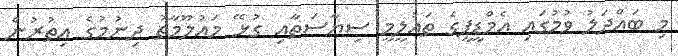
މި ބައްދަލު ވުމުގައި އެމްޑީޕީގެ ތައުލީމީ ސިޔާސަތާއި ގުޅޭ މައުލޫމާތު ދިނުމުގެ އިތުރުން